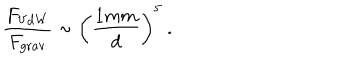
{ \frac { F _ { \mathrm { V d W } } } { F _ { \mathrm { g r a v } } } } \sim \left( { \frac { 1 { m m } } { d } } \right) ^ { 5 } \ .